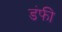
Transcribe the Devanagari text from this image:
डंफी